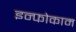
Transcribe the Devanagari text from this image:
इन्फोकाम